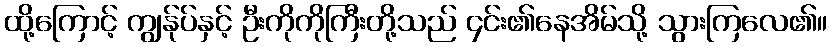
ထို့ကြောင့် ကျွန်ုပ်နှင့် ဦးကိုကိုကြီးတို့သည် ၄င်း၏နေအိမ်သို့ သွားကြလေ၏။